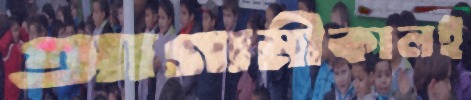
আগামীকালই